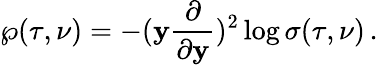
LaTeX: \wp(\tau,\nu)=-(\mathbf{y}\frac{{\partial}}{{\partial\mathbf{y}}})^{2}\log\sigma(\tau,\nu)\, .